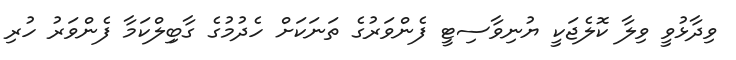
ވިދާޅުވީ ވިލާ ކޮލެޖަކީ ޔުނިވާސިޓީ ފެންވަރުގެ ތަނަކަށް ހެދުމުގެ ގާބިިލްކަމާ ފެންވަރު ހުރި